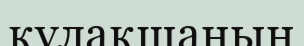
құлақшаның